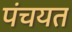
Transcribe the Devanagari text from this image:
पंचयत